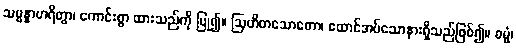
သမ္မန္နာဟရိတွာ၊ ကောင်းစွာ ထားသည်ကို ပြု၍။ ဩဟိတသောတော၊ ထောင်အပ်သောနားရှိသည်ဖြစ်၍။ ဓမ္မံ၊